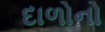
દાળોનો